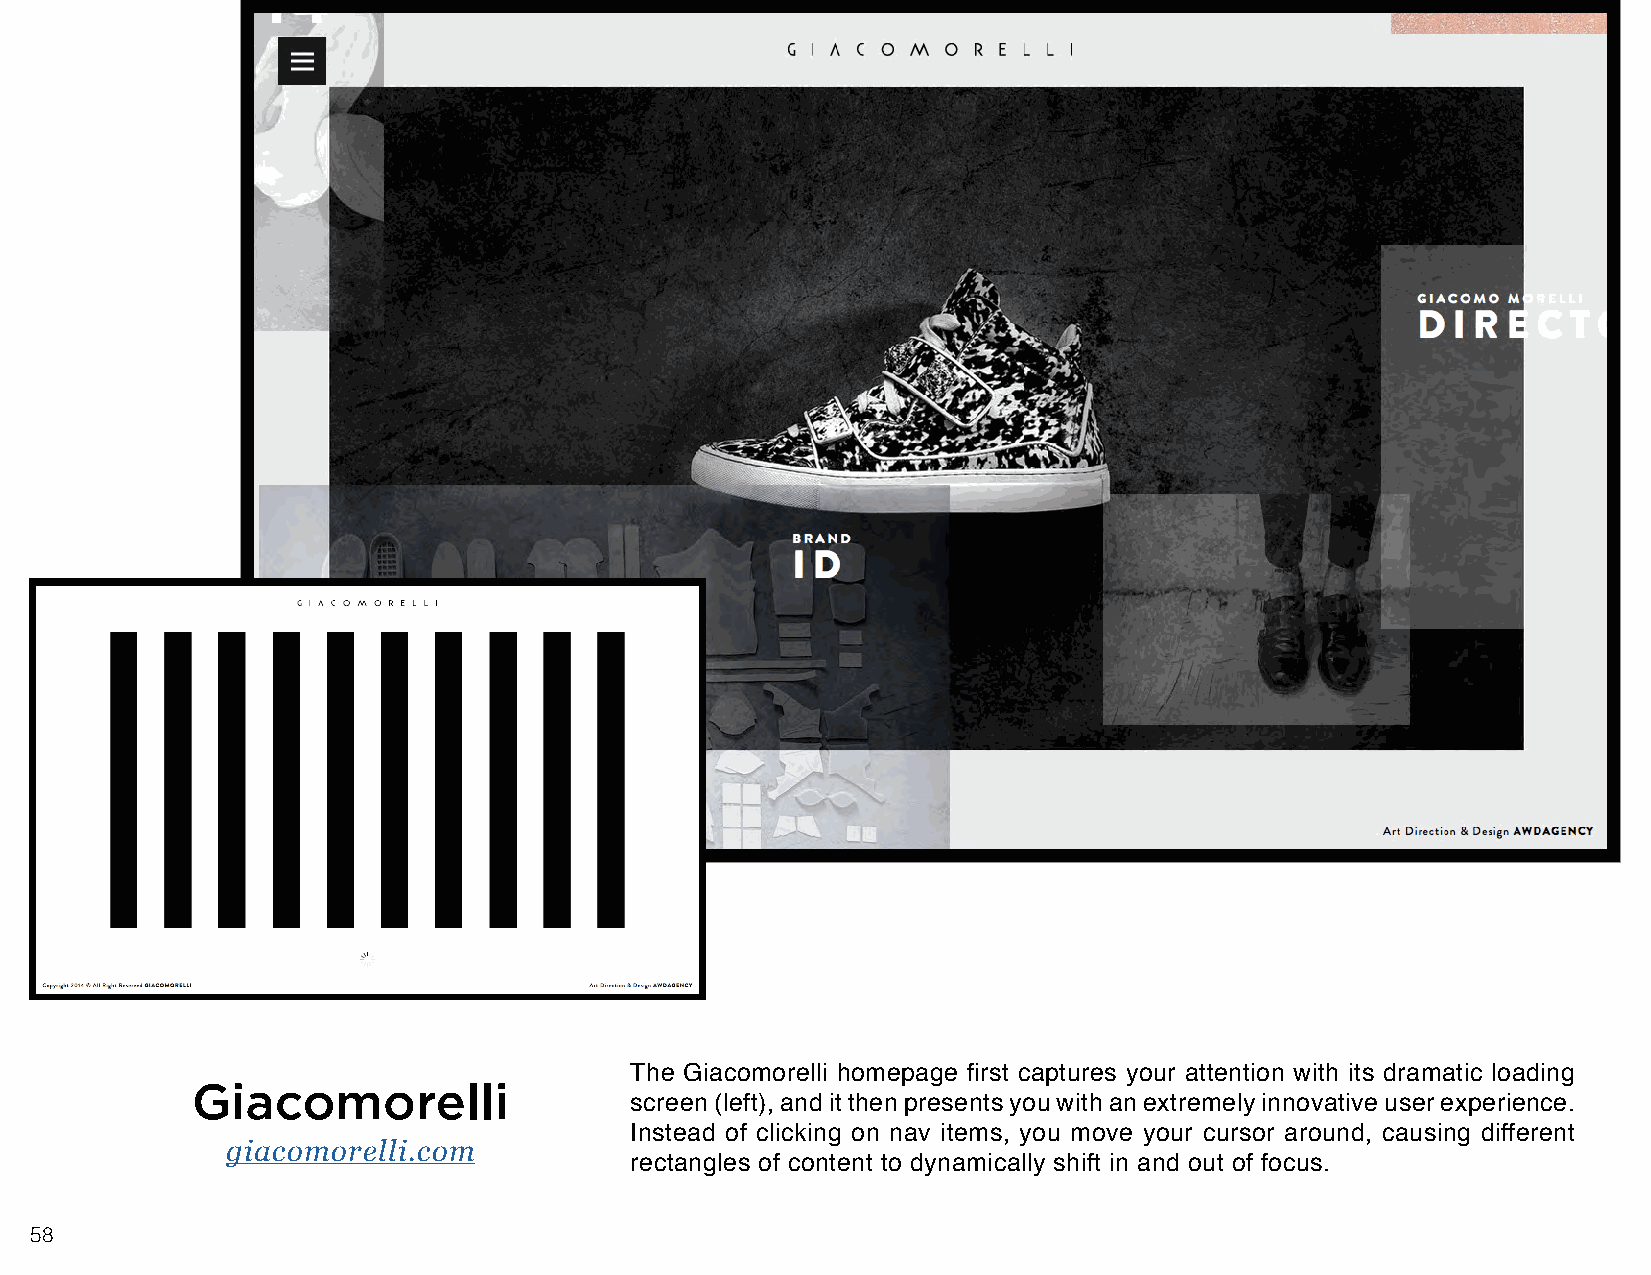
The Giacomorelli homepage first captures your attention with its dramatic loading
 Giacomorelli
 screen (left), and it then presents you with an extremely innovative user experience.
 Instead of clicking on nav items, you move your cursor around, causing different
 giacomorelli.com
 rectangles of content to dynamically shift in and out of focus.
 58